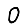
Digit: 0